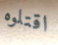
اقتلوه